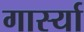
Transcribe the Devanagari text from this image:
गार्स्या